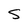
Character: S